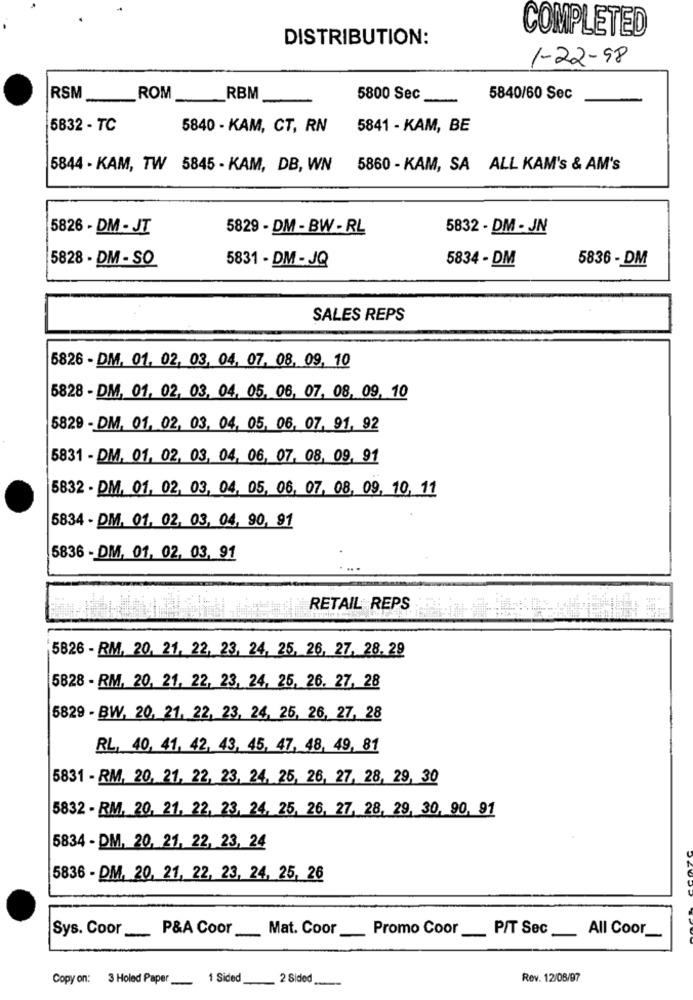
COMPLETED
DISTRIBUTION:
1-22-98
RSM __
ROM
RBM
5800 Sec
5840/60 Sec
5832 - TC
5840 - KAM, CT, RN
5841 - KAM, BE
5844 - KAM, TW 5845 - KAM, DB, WN
5860 - KAM, SA ALL KAM's & AM's
5826 - DM - JT
5829 - DM - BW - RL
5832 - DM - JN
5828 - DM - SO
5831 - DM - JQ
5834 - DM
5836 - DM
SALES REPS
5826 - DM, 01, 02, 03, 04, 07, 08, 09, 10
5828 - DM, 01, 02, 03, 04, 05. 06, 07, 08, 09, 10
5829 - DM, 01, 02, 03, 04, 05, 06, 07, 91, 92
5831 - DM. 01, 02, 03, 04, 06, 07. 08, 09, 91
5832 - DM. 01, 02, 03, 04, 05, 06, 07, 08, 09, 10, 11
5834 - DM. 01. 02, 03, 04, 90, 91
5836 - DM, 01, 02, 03, 91
RETAIL REPS
5826 - RM, 20, 21, 22, 23, 24, 25, 26, 27, 28. 29
5828 - RM, 20, 21, 22, 23, 24, 25, 26. 27, 28
5829 - BW, 20, 21, 22, 23, 24, 25, 26, 27, 28
RL, 40, 41, 42, 43, 45, 47, 48, 49, 81
5831 - RM, 20, 21, 22, 23, 24, 25, 26, 27, 28, 29, 30
5832 - RM, 20, 21, 22, 23, 24, 25, 26, 27, 28, 29, 30, 90, 91
5834 - DM, 20, 21, 22, 23, 24
5836 - DM, 20, 21, 22, 23, 24, 25, 26
Sys. Coor ___ P&A Coor
Mat. Coor
Promo Coor
P/T Sec
All Coor_
Copy on: 3 Holed Paper __ 1 Sided
2 Sided
Rev. 12/08/97